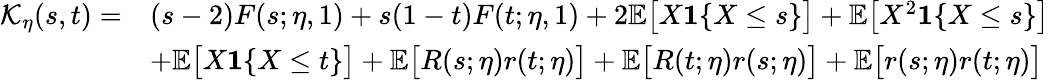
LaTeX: \begin{array}{rl}{\mathcal{K}_{\eta}(s,t)=}&{(s-2)F(s;\eta,1)+s(1-t)F(t;\eta,1)+2\mathbb{E}\big[X\mathbf{1}\{ X\leq s\} \big]+\mathbb{E}\big[X^{2}\mathbf{1}\{ X\leq s\} \big]}\\ &{+\mathbb{E}\big[X\mathbf{1}\{ X\leq t\} \big]+\mathbb{E}\big[R(s;\eta)r(t;\eta)\big]+\mathbb{E}\big[R(t;\eta)r(s;\eta)\big]+\mathbb{E}\big[r(s;\eta)r(t;\eta)\big]}\end{array}